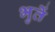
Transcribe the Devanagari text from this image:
भुतें